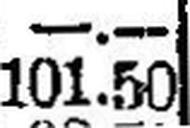
101.50